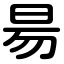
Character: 昜